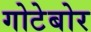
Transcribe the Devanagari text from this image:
गोटेबोर